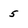
Character: 5